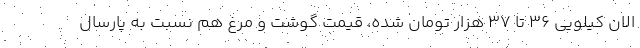
الان کیلویی ۳۶ تا ۳۷ هزار تومان شده، قیمت گوشت و مرغ هم نسبت به پارسال